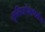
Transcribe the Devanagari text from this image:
तृतियांशापर्यंत